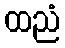
ထညံ